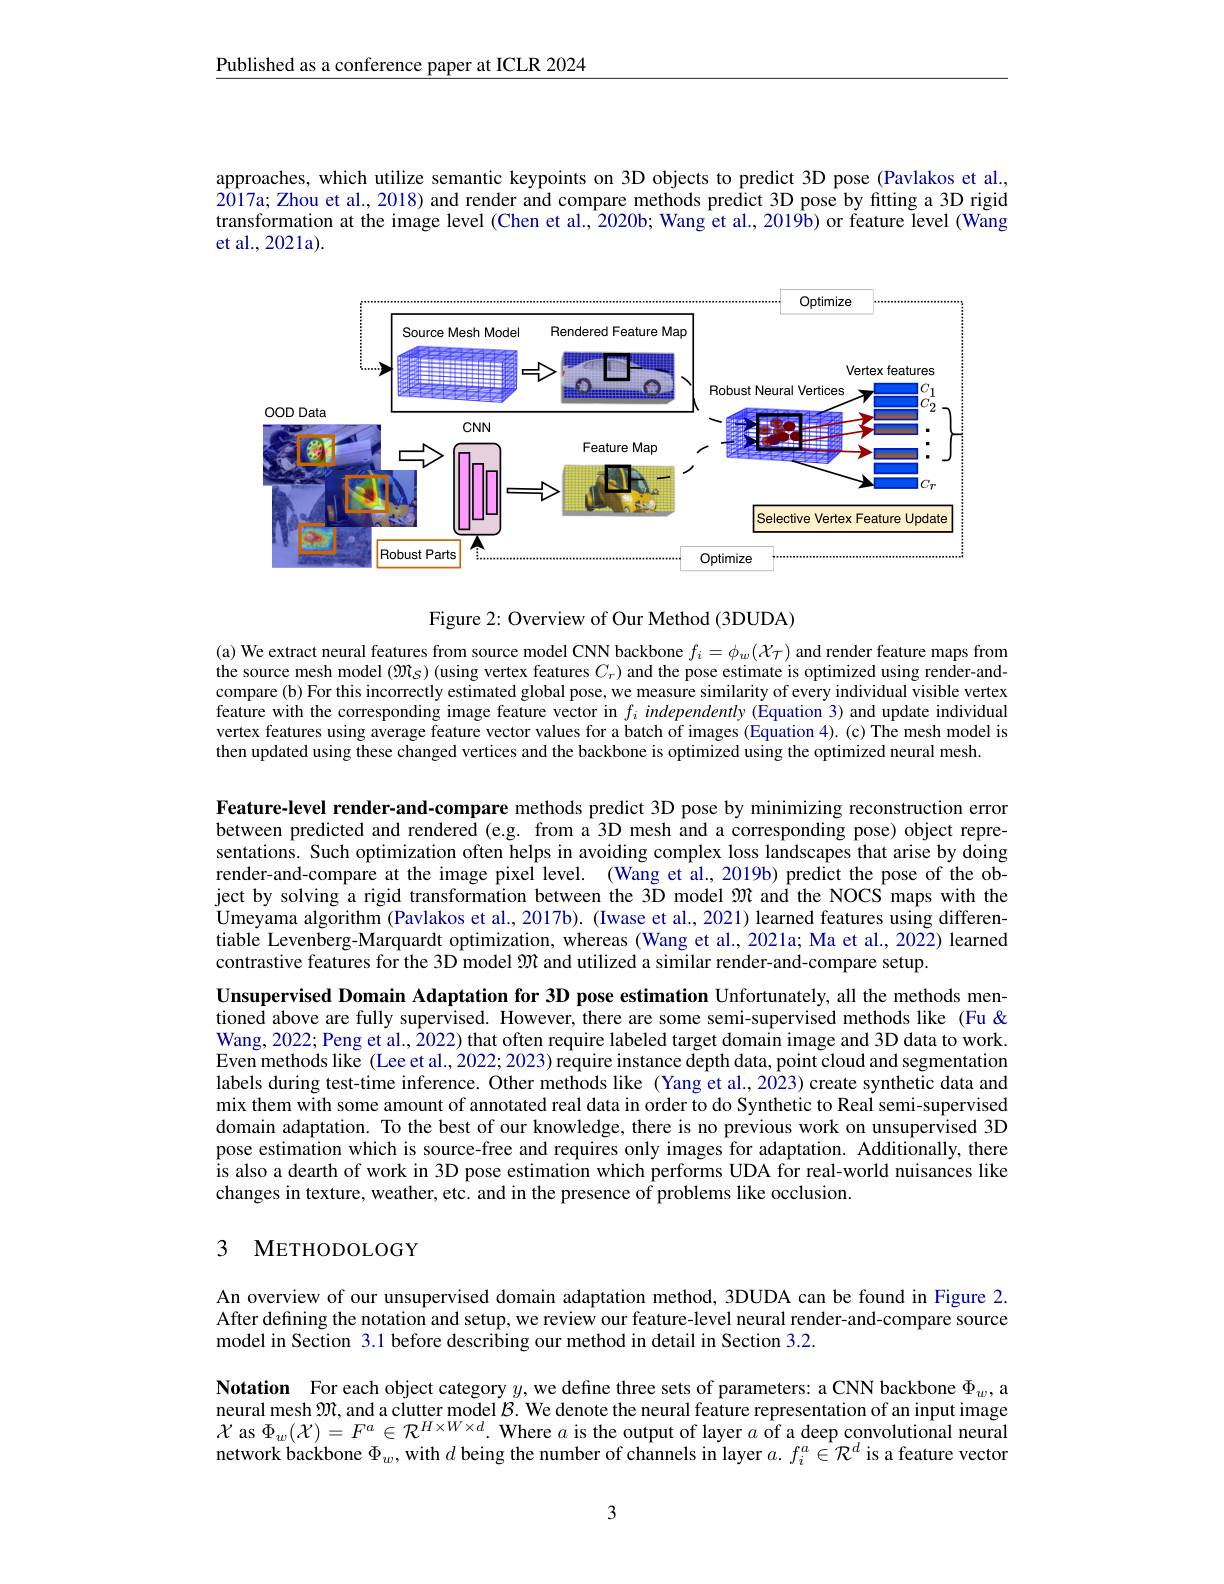
Published as a conference paper at ICLR 2024

approaches, which utilize semantic keypoints on 3D objects to predict 3D pose (Pavlakos et al., 2017a; Zhou et al., 2018) and render and compare methods predict 3D pose by fitting a 3D rigid transformation at the image level (Chen et al., 2020b; Wang et al., 2019b) or feature level (Wang et al., 2021a).

<FigureHere>

Figure 2: Overview of Our Method (3DUDA)

(a) We extract neural features from source model CNN backbone $f_i=\phi_w(\mathcal{X}_\tau)$ and render feature maps from the source mesh model $(\mathfrak{M}_{\mathfrak{S}})$ (using vertex features $C_r)$ and the pose estimate is optimized using render-andcompare (b) For this incorrectly estimated global pose, we measure similarity of every individual visible vertex feature with the corresponding image feature vector in $f_i$ independently (Equation 3) and update individual vertex features using average feature vector values for a batch of images (Equation 4). (c) The mesh model is then updated using these changed vertices and the backbone is optimized using the optimized neural mesh.

Feature-level render-and-compare methods predict 3D pose by minimizing reconstruction error between predicted and rendered (e.g. from a 3D mesh and a corresponding pose) object representations. Such optimization often helps in avoiding complex loss landscapes that arise by doing render-and-compare at the image pixel level. (Wang et al., 2019b) predict the pose of the object by solving a rigid transformation between the 3D model $\mathfrak{M}$ and the NOCS maps with the Umeyama algorithm (Pavlakos et al., 2017b). (Iwase et al., 2021) learned features using differentiable Levenberg-Marquardt optimization, whereas (Wang et al., 2021a; Ma et al., 2022) learned contrastive features for the 3D model $\mathfrak{M}$ and utilized a similar render-and-compare setup

Unsupervised Domain Adaptation for 3D pose estimation Unfortunately, all the methods mentioned above are fully supervised. However, there are some semi-supervised methods like (Fu & Wang, 2022; Peng et al., 2022) that often require labeled target domain image and 3D data to work. Even methods like (Lee et al., 2022; 2023) require instance depth data, point cloud and segmentation labels during test-time inference. Other methods like (Yang et al., 2023) create synthetic data and mix them with some amount of annotated real data in order to do Synthetic to Real semi-supervised domain adaptation. To the best of our knowledge, there is no previous work on unsupervised 3D pose estimation which is source-free and requires only images for adaptation. Additionally, there is also a dearth of work in 3D pose estimation which performs UDA for real-world nuisances like changes in texture, weather, etc. and in the presence of problems like occlusion.

## 3 METHODOLOGY

An overview of our unsupervised domain adaptation method, 3DUDA can be found in Figure 2. After defining the notation and setup, we review our feature-level neural render-and-compare source model in Section 3.1 before describing our method in detail in Section 3.2.

Notation For each object category $y$,we define three sets of parameters: a CNN backbone $\Phi_w$, a neural mesh $\mathfrak{M}$, and a clutter model $\mathcal{B}.$ We denote the neural feature representation of an input image $\mathcal{X}$ as $\Phi_w(\mathcal{X})=F^a\in\mathcal{R}^{H\times W\times d}.$ Where $a$ is the output of layer $a$ of a deep convolutional neural network backbone $\Phi_w$, with $d$ being the number of channels in layer $a.f_i^a\in\mathcal{R}^d$ is a feature vector

3